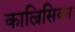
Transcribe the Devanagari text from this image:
काल्रिसियन